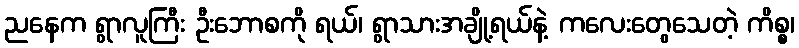
ညနေက ရွာလူကြီး ဦးဘောစကို ရယ်၊ ရွာသားအချို့ရယ်နဲ့ ကလေးတွေသေတဲ့ ကိစ္စ၊